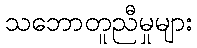
သဘောတူညီမှုများ